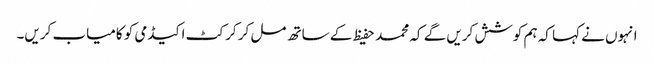
انہوں نے کہا کہ ہم کوشش کریں گے کہ محمد حفیظ کے ساتھ مل کر کرکٹ اکیڈمی کو کامیاب کریں۔